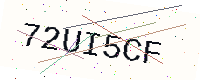
Text: 72UI5CF